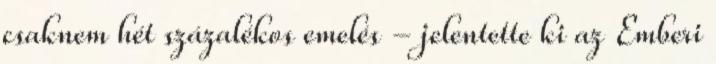
csaknem hét százalékos emelés - jelentette ki az Emberi